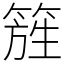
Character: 𥰁